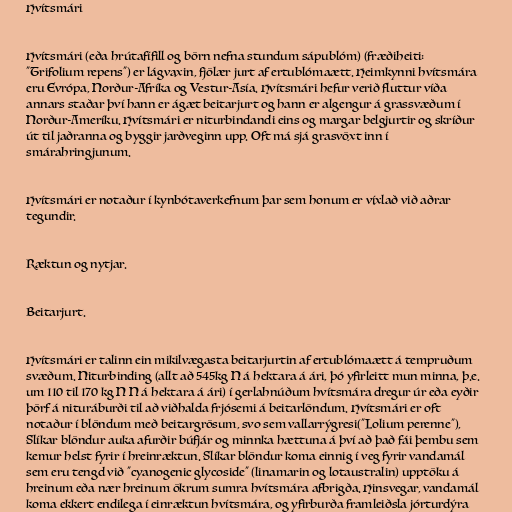
Hvítsmári

Hvítsmári (eða hrútafífill og börn nefna stundum sápublóm) (fræðiheiti:
"Trifolium repens") er lágvaxin, fjölær jurt af ertublómaætt. Heimkynni hvítsmára
eru Evrópa, Norður-Afríka og Vestur-Asía. Hvítsmári hefur verið fluttur víða
annars staðar því hann er ágæt beitarjurt og hann er algengur á grassvæðum í
Norður-Ameríku. Hvítsmári er niturbindandi eins og margar belgjurtir og skríður
út til jaðranna og byggir jarðveginn upp. Oft má sjá grasvöxt inn í
smárahringjunum.

Hvítsmári er notaður í kynbótaverkefnum þar sem honum er víxlað við aðrar
tegundir.

Ræktun og nytjar.

Beitarjurt.

Hvítsmári er talinn ein mikilvægasta beitarjurtin af ertublómaætt á tempruðum
svæðum. Niturbinding (allt að 545kg N á hektara á ári, þó yfirleitt mun minna, þ.e.
um 110 til 170 kg N N á hektara á ári) í gerlahnúðum hvítsmára dregur úr eða eyðir
þörf á nituráburði til að viðhalda frjósemi á beitarlöndum. Hvítsmári er oft
notaður í blöndum með beitargrösum, svo sem vallarrýgresi("Lolium perenne"),
Slíkar blöndur auka afurðir búfjár og minnka hættuna á því að það fái þembu sem
kemur helst fyrir í hreinræktun. Slíkar blöndur koma einnig í veg fyrir vandamál
sem eru tengd við "cyanogenic glycoside" (linamarin og lotaustralin) upptöku á
hreinum eða nær hreinum ökrum sumra hvítsmára afbrigða. Hinsvegar, vandamál
koma ekkert endilega í einræktun hvítsmára, og yfirburða framleiðsla jórturdýra